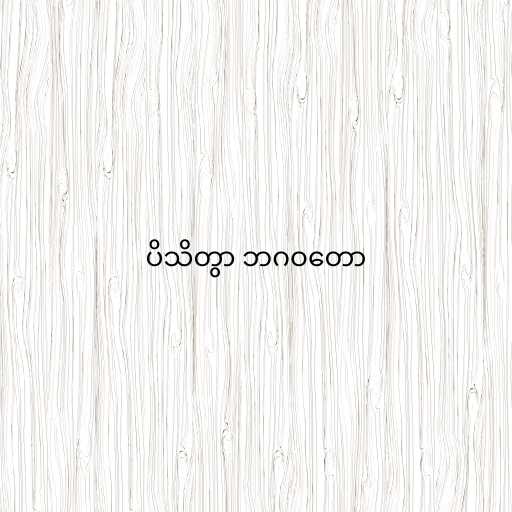
ပိသိတွာ ဘဂဝတော